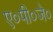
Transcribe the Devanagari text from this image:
ए०पी०जे०